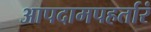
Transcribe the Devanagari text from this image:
आपदामपहर्तारं